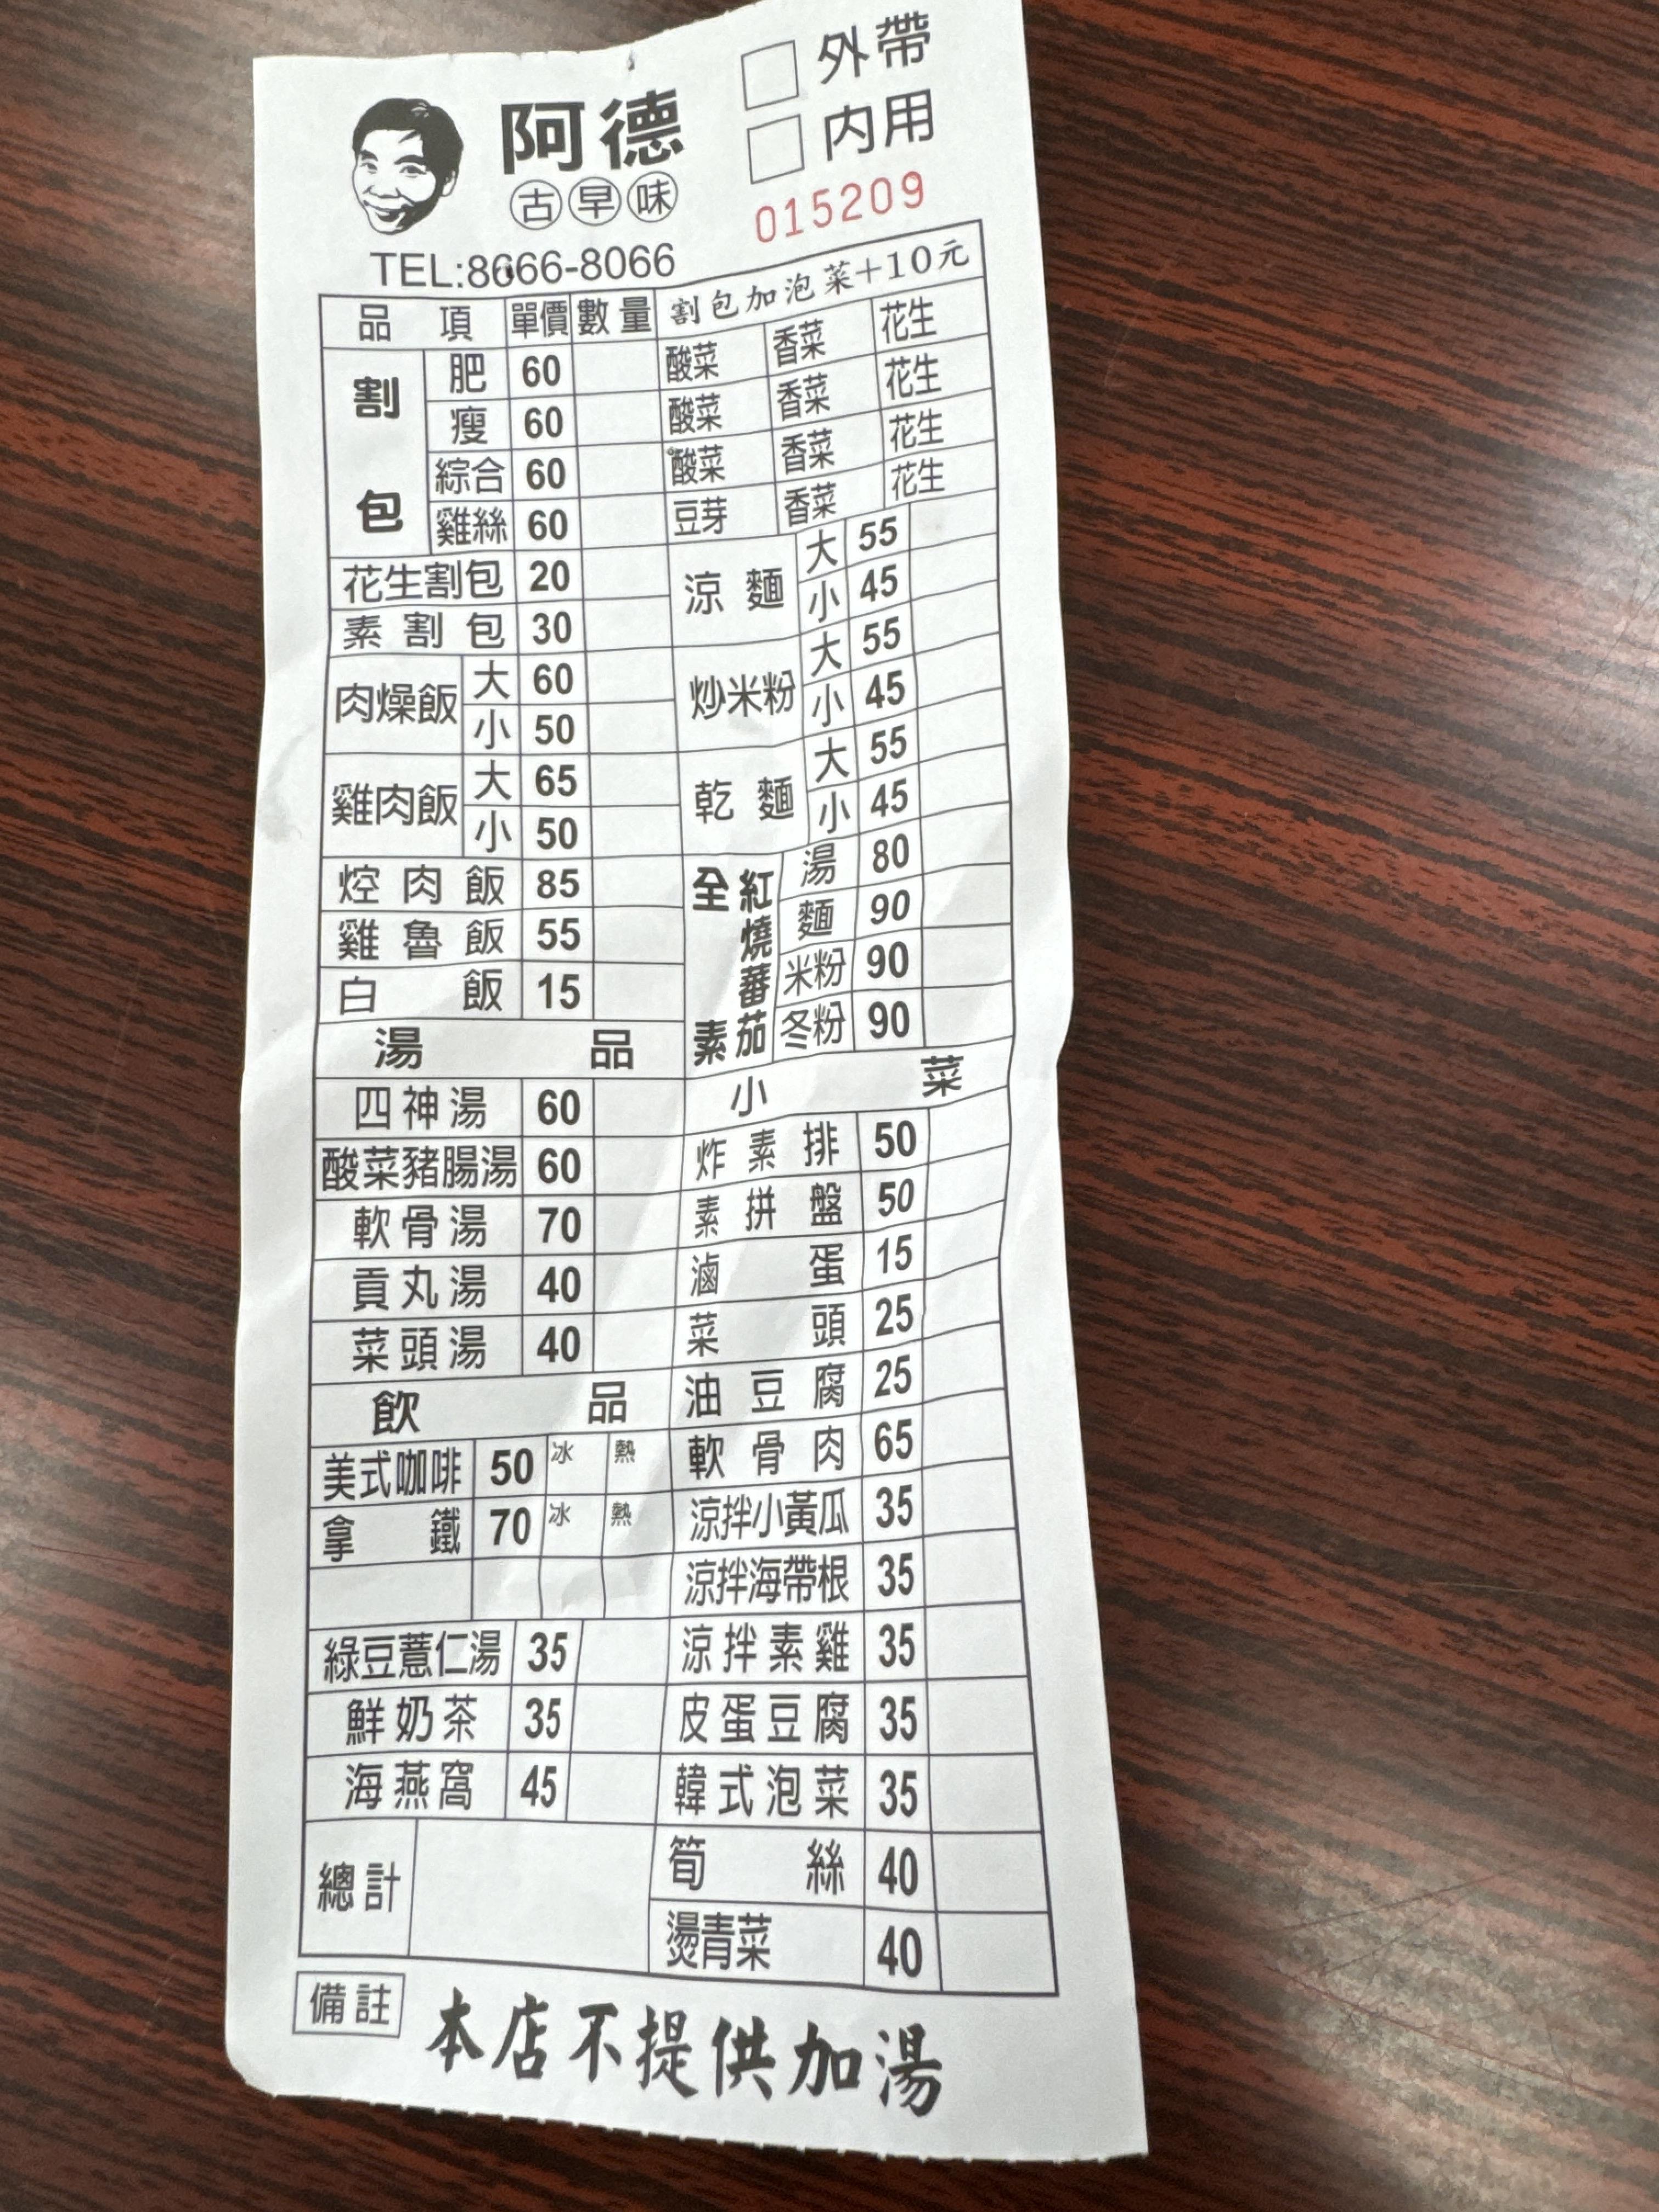
餐廳：阿德古早味
電話：8666-8066
菜單：
name: 割包肥
price: 60
name: 割包瘦
price: 60
name: 割包綜合
price: 60
name: 割包雞絲
price: 60
name: 花生割包
price: 20
name: 素割包
price: 30
name: 肉燥飯大
price: 60
name: 肉燥飯小
price: 50
name: 雞肉飯大
price: 65
name: 雞肉飯小
price: 50
name: 控肉飯
price: 85
name: 雞魯飯
price: 55
name: 白飯
price: 15
name: 涼麵大
price: 55
name: 涼麵小
price: 45
name: 炒米粉大
price: 55
name: 炒米粉小
price: 45
name: 乾麵大
price: 55
name: 乾麵小
price: 45
name: 全素紅燒番茄湯
price: 80
name: 全素紅燒番茄麵
price: 90
name: 全素紅燒番茄米粉
price: 90
name: 全素紅燒番茄冬粉
price: 90
name: 四神湯
price: 60
name: 酸菜豬腸湯
price: 60
name: 軟骨湯
price: 70
name: 貢丸湯
price: 40
name: 菜頭湯
price: 40
name: 炸素排
price: 50
name: 素拼盤
price: 50
name: 滷蛋
price: 15
name: 菜頭
price: 25
name: 油豆腐
price: 25
name: 軟骨肉
price: 65
name: 涼拌小黃瓜
price: 35
name: 涼拌海帶根
price: 35
name: 涼拌素雞
price: 35
name: 皮蛋豆腐
price: 35
name: 韓式泡菜
price: 35
name: 筍絲
price: 40
name: 燙青菜
price: 40
name: 美式咖啡
price: 50
name: 拿鐵
price: 70
name: 綠豆薏仁湯
price: 35
name: 鮮奶茶
price: 35
name: 海燕窩
price: 45